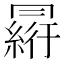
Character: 𠕮